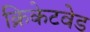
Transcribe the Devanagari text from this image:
क्रिकेटवेड